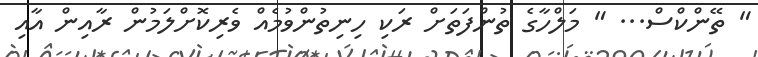
" ތޭންކްސް... " މަލްހާގެ ތުންފަތަށް ރަކި ހިނިތުންވުމެއް ވެރިކޮށްލަމުން ރާއިން އާއި